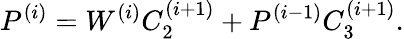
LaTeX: P^{(i)}=W^{(i)}C_{2}^{(i+1)}+P^{(i-1)}C_{3}^{(i+1)}.